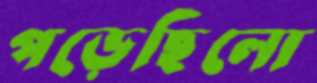
পড়েছিলো